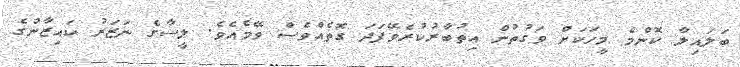
ބަލައިލާ ކޮންމެ މީހަކަށް ވަގުތުން އިތުބާރުކުރެވޭފަދަ ގޮތެއްވެސް ވޭމެއެވެ. ލީސާގެ ނަޒަރު ކައިޒާންގެ